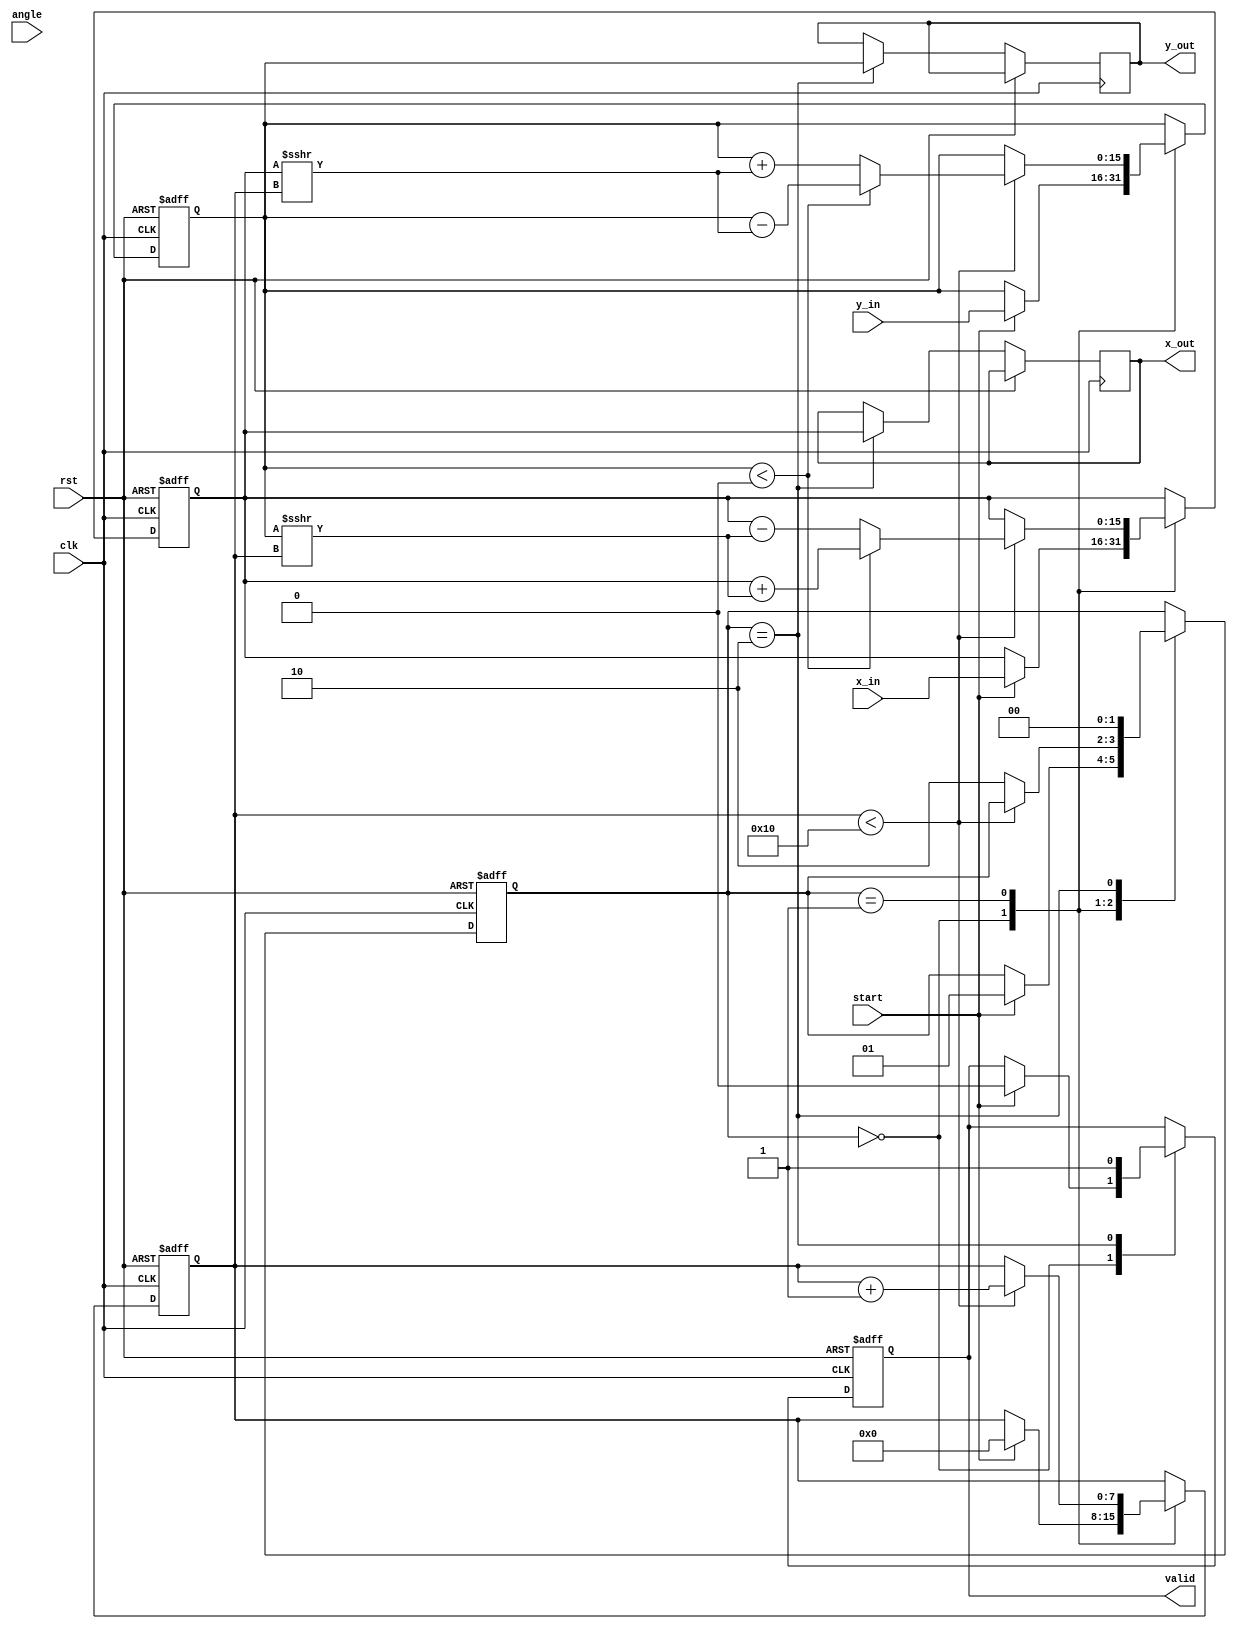
module unified_cordic #(
    parameter DATA_WIDTH = 16,
    parameter ITERATIONS = 16
)(
    input wire clk,
    input wire rst,
    input wire [DATA_WIDTH-1:0] angle,       // Input angle for rotation
    input wire [DATA_WIDTH-1:0] x_in,        // X operand input
    input wire [DATA_WIDTH-1:0] y_in,        // Y operand input
    input wire start,                         // Start signal for CORDIC operation
    output reg [DATA_WIDTH-1:0] x_out,       // Output X after CORDIC
    output reg [DATA_WIDTH-1:0] y_out,       // Output Y after CORDIC
    output reg valid                          // Valid output signal
);

    // CORDIC lookup table for atan(2^-i)
    reg [DATA_WIDTH-1:0] atan_table [0:ITERATIONS-1];

    initial begin
        // Initialize the arctangent values
        atan_table[0] = 16'h2000; // atan(2^0) = 45 degrees
        atan_table[1] = 16'h1400; // atan(2^-1) = 26.565 degrees
        atan_table[2] = 16'h0A00; // atan(2^-2) = 14.036 degrees
        // Fill the rest of the atan_table...
        // atan_table[3] = 16'h0500; // atan(2^-3)
        // atan_table[4] = 16'h0280; // atan(2^-4)
        // Continue for all iterations...
    end

    reg [DATA_WIDTH-1:0] x;
    reg [DATA_WIDTH-1:0] y;
    reg [7:0] i; // Iteration counter
    reg [1:0] state; // State variable

    localparam IDLE = 2'b00;
    localparam RUN = 2'b01;
    localparam DONE = 2'b10;

    always @(posedge clk or posedge rst) begin
        if (rst) begin
            x <= 0;
            y <= 0;
            i <= 0;
            state <= IDLE;
            valid <= 0;
        end else begin
            case (state)
                IDLE: begin
                    if (start) begin
                        x <= x_in;
                        y <= y_in;
                        i <= 0;
                        state <= RUN;
                        valid <= 0;
                    end
                end

                RUN: begin
                    if (i < ITERATIONS) begin
                        // CORDIC rotation calculation
                        if (y < 0) begin
                            // Rotate clockwise
                            x <= x + (y >>> i);
                            y <= y - (x >>> i);
                        end else begin
                            // Rotate counter-clockwise
                            x <= x - (y >>> i);
                            y <= y + (x >>> i);
                        end
                        i <= i + 1;
                    end else begin
                        state <= DONE;
                    end
                end

                DONE: begin
                    x_out <= x;
                    y_out <= y;
                    valid <= 1;
                    state <= IDLE; // Reset to IDLE after completion
                end
            endcase
        end
    end
endmodule